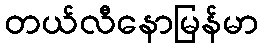
တယ်လီနောမြန်မာ